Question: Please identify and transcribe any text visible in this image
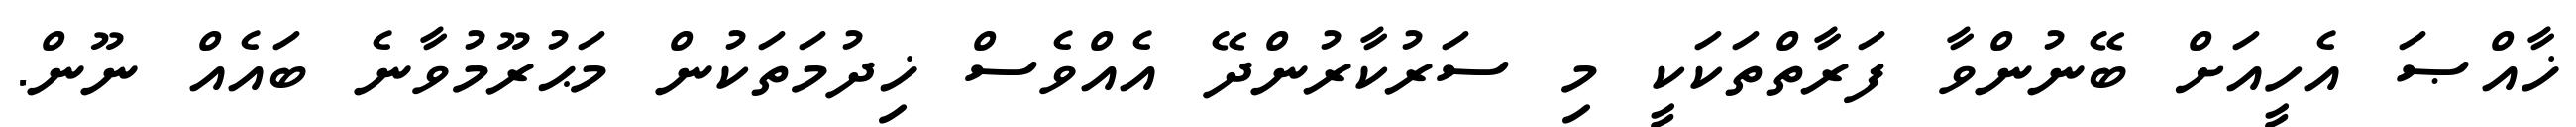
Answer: ޚާއްޞަ އެހީއަށް ބޭނުންވާ ފަރާތްތަކަކީ މި ސަރުކާރުންދޭ އެއްވެސް ޚިދުމަތަކުން މަޙުރޫމުވާނެ ބައެއް ނޫން.